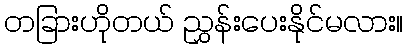
တခြားဟိုတယ် ညွှန်းပေးနိုင်မလား။